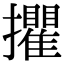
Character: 㩴